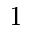
1